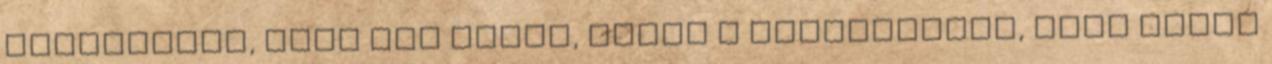
észrevette, hogy nem olasz, azzal a nyiltsággal, mely ilyen